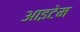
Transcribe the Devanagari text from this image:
आइटेम